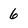
Character: 6